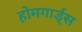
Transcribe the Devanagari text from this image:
होमगार्ड्‌स